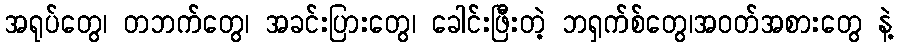
အရုပ်တွေ၊ တဘက်တွေ၊ အခင်းပြားတွေ၊ ခေါင်းဖြီးတဲ့ ဘရှက်စ်တွေ၊အဝတ်အစားတွေ နဲ့